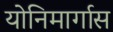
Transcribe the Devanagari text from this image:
योनिमार्गास